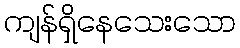
ကျန်ရှိနေသေးသော